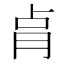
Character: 𰮗